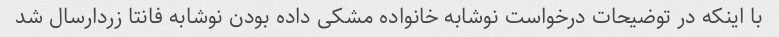
با اینکه در توضیحات درخواست نوشابه خانواده مشکی داده بودن نوشابه فانتا زردارسال شد